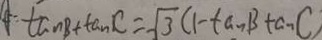
\tan B + \tan C = \sqrt { 3 } ( 1 - \tan B \tan C )